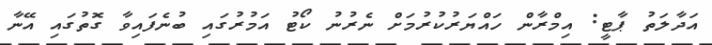
އަދާލަތު ޕާޓީ: އިމްރާން ހައްޔަރުކުރުމަށް ނެރުނު ކޯޓު އަމުރުގައި ބުނެފައިވާ ގޮތުގައި އޭނާ